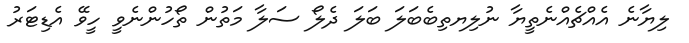
ލިޔާނެ އެއްޗެއްނެތީޔާ ނުލިޔތިބެބަލަ ބަލަ ދެލޯ ސަލާ މަތުން ތޯހުންނެވީ ހީވޭ އެޑިޓަރު